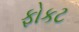
ફોકટ